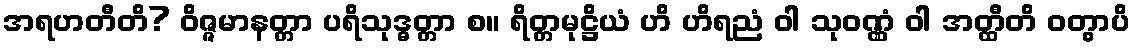
အရဟတီတိ? ဝိဇ္ဇမာနတ္တာ ပရိသုဒ္ဓတ္တာ စ။ ရိတ္တမုဋ္ဌိယံ ဟိ ဟိရညံ ဝါ သုဝဏ္ဏံ ဝါ အတ္ထီတိ ဝတွာပိ